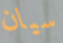
سيان